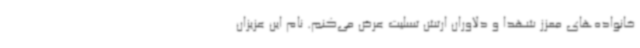
خانواده‌های معزز شهدا و دلاوران ارتش تسلیت عرض می‌کنم. نام این عزیزان